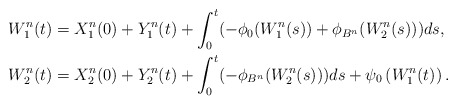
\begin{align*}W_1^n(t) &= X_1^n(0) + Y^{n}_1(t)+ \int_0^t(-\phi_0(W_1^n(s))+\phi_{B^n}(W_2^n(s)))ds, \\W_2^n(t) &= X_2^n(0) + Y^{n}_2(t) + \int_0^t(-\phi_{B^n}(W_2^n(s)))ds +\psi_0\left(W_1^n(t)\right) .\end{align*}